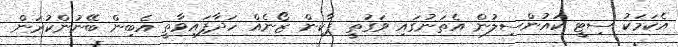
އެކަމަކު ސިޓީ ކައުންސިލުން އެތަނުގައި ވަގުތީ ޕާކިން ޒޯނެއް ހަދާފައިވާތީ އެބިން ބޭނުންކުރަން